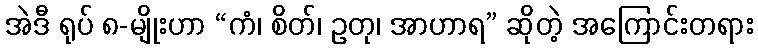
အဲဒီ ရုပ် ၈-မျိုးဟာ “ကံ၊ စိတ်၊ ဥတု၊ အာဟာရ” ဆိုတဲ့ အကြောင်းတရား